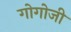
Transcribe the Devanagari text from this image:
गोगोजी